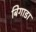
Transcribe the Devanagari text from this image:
बिगाडा